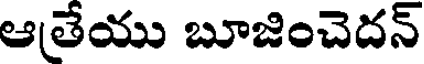
ఆతేయు బూజించెదన్